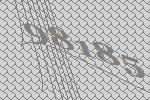
98185